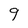
Character: 9